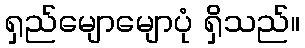
ရှည်မျောမျောပုံ ရှိသည်။